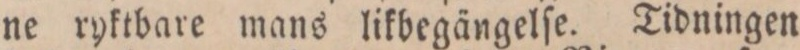
ne ryktbare mans likbegängelſe. Tidningen